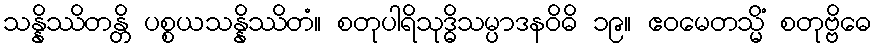
သန္နိဿိတန္တိ ပစ္စယသန္နိဿိတံ။ စတုပါရိသုဒ္ဓိသမ္ပာဒနဝိဓိ ၁၉။ ဧဝမေတသ္မိံ စတုဗ္ဗိဓေ